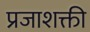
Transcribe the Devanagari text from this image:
प्रजाशक्ती